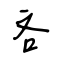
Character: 吝